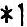
*1